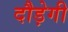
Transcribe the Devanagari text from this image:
दौड़ेगी